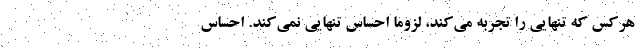
هرکس که تنهایی را تجربه می‌کند، لزوماً احساس تنهایی نمی‌کند. احساس